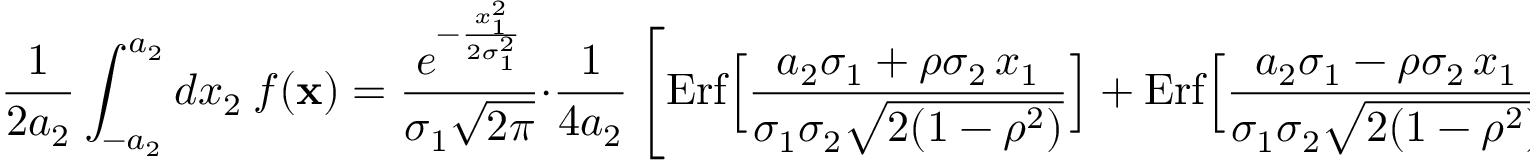
{ \frac { 1 } { 2 a _ { 2 } } } \int _ { - a _ { 2 } } ^ { a _ { 2 } } d x _ { 2 } \ f ( { \bf x } ) = { \frac { e ^ { - { \frac { x _ { 1 } ^ { 2 } } { 2 \sigma _ { 1 } ^ { 2 } } } } } { \sigma _ { 1 } \sqrt { 2 \pi } } } \cdot { \frac { 1 } { 4 a _ { 2 } } } \left[ \mathrm { E r f } \Big [ { \frac { a _ { 2 } \sigma _ { 1 } + \rho \sigma _ { 2 } \, x _ { 1 } } { \sigma _ { 1 } \sigma _ { 2 } \sqrt { 2 ( 1 - \rho ^ { 2 } ) } } } \Big ] + \mathrm { E r f } \Big [ { \frac { a _ { 2 } \sigma _ { 1 } - \rho \sigma _ { 2 } \, x _ { 1 } } { \sigma _ { 1 } \sigma _ { 2 } \sqrt { 2 ( 1 - \rho ^ { 2 } ) } } } \Big ] \right] \, .